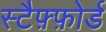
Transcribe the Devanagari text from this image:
स्टैफ़्फ़ोर्ड